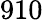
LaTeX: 910